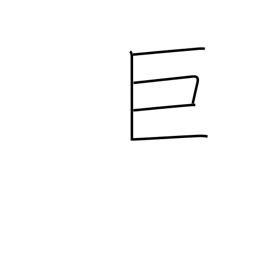
Meaning: large